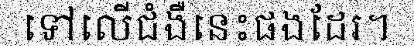
ទៅលើជំងឺនេះផងដែរ។